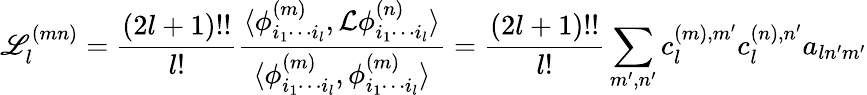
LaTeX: \mathscr{L}_{l}^{(mn)}=\frac{(2l+1)!!}{l!}\frac{\langle\phi_{i_{1}\cdots i_{l}}^{(m)},\mathcal{L}\phi_{i_{1}\cdots i_{l}}^{(n)}\rangle}{\langle\phi_{i_{1}\cdots i_{l}}^{(m)},\phi_{i_{1}\cdots i_{l}}^{(m)}\rangle}=\frac{(2l+1)!!}{l!}\sum_{m^{\prime},n^{\prime}}c_{l}^{(m),m^{\prime}}c_{l}^{(n),n^{\prime}}a_{ln^{\prime}m^{\prime}}